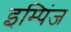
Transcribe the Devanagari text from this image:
इम्पिंज